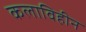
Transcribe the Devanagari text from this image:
कलाविहीन